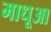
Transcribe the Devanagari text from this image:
माधूआ